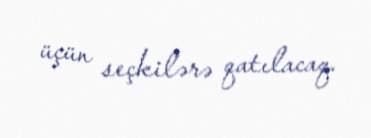
üçün seçkilərə qatılacaq.